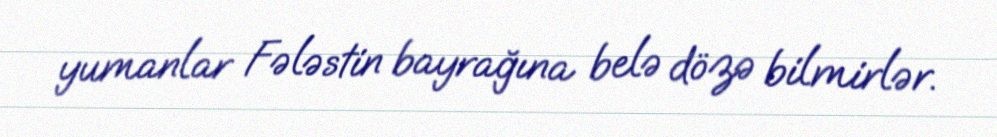
yumanlar Fələstin bayrağına belə dözə bilmirlər.